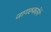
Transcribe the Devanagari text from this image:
जागरुकतेने